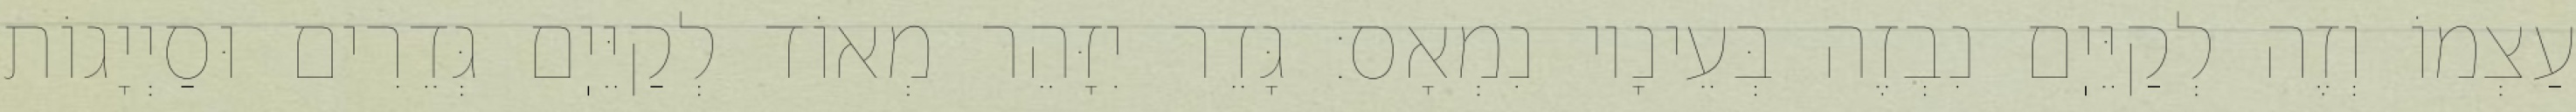
עַצְמוֹ וְזֶה לְקַיֵּיֽם נִבְזֶה בְּעֵינָיו נִמְאָס: גָּדֵר יִזָּהֵר מְאוֹד לְקַיֵּיֽם גְּדֵרִים וּסַיְיָגוֹת